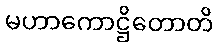
မဟာကောဋ္ဌိတောတိ